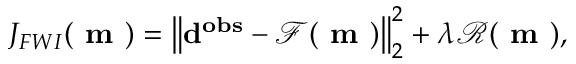
J _ { F W I } ( \mathbf { \textbf { m } } ) = \left\lVert \mathbf { d ^ { o b s } - \mathcal { F } ( \textbf { m } ) } \right\rVert _ { 2 } ^ { 2 } + \lambda \mathcal { R } ( \textbf { m } ) ,